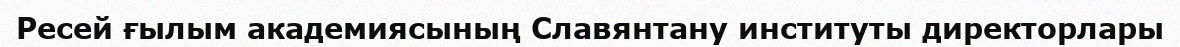
Ресей ғылым академиясының Славянтану институты директорлары